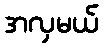
အလှမယ်